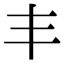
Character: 丰